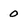
Character: 0